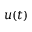
u ( t )